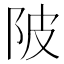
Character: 陂